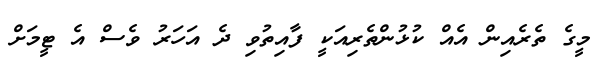
މީގެ ތެރެއިން އެއް ކުޅުންތެރިއަކީ ފާއިތުވި ދެ އަހަރު ވެސް އެ ޓީމަށް